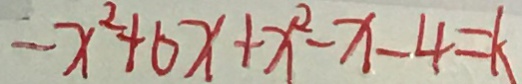
- x ^ { 2 } + 6 x + x ^ { 2 } - x - 4 = k